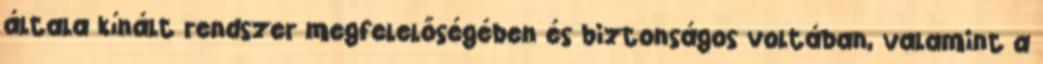
általa kínált rendszer megfelelőségében és biztonságos voltában, valamint a